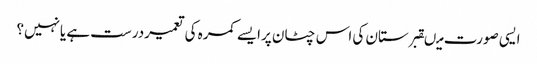
ایسی صورت میںقبرستان کی اس چٹان پرایسے کمرہ کی تعمیردرست ہے یانہیں؟